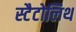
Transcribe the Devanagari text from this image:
स्टैटोलिथ